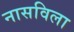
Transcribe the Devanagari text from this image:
नासविला